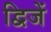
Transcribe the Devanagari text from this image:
द्विजें